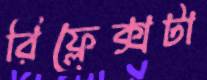
রিফ্লেক্সটা